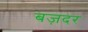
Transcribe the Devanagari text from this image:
बज़दर